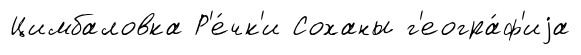
Цимбаловка Р'е́чк'и Соханы г'еогра́ф'иjа